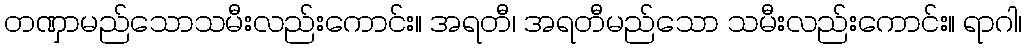
တဏှာမည်သောသမီးလည်းကောင်း။ အရတီ၊ အရတီမည်သော သမီးလည်းကောင်း။ ရာဂါ၊